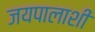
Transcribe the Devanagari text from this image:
जयपालाशी